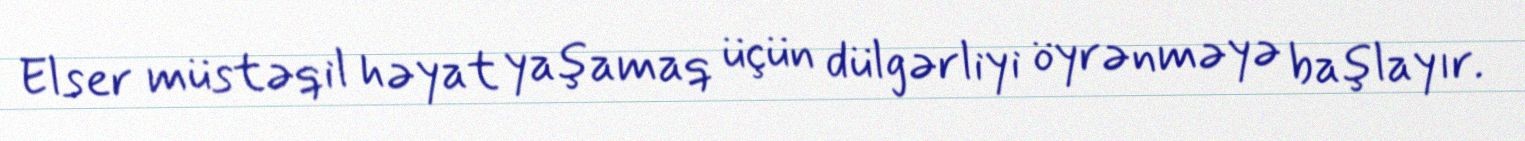
Elser müstəqil həyat yaşamaq üçün dülgərliyi öyrənməyə başlayır.